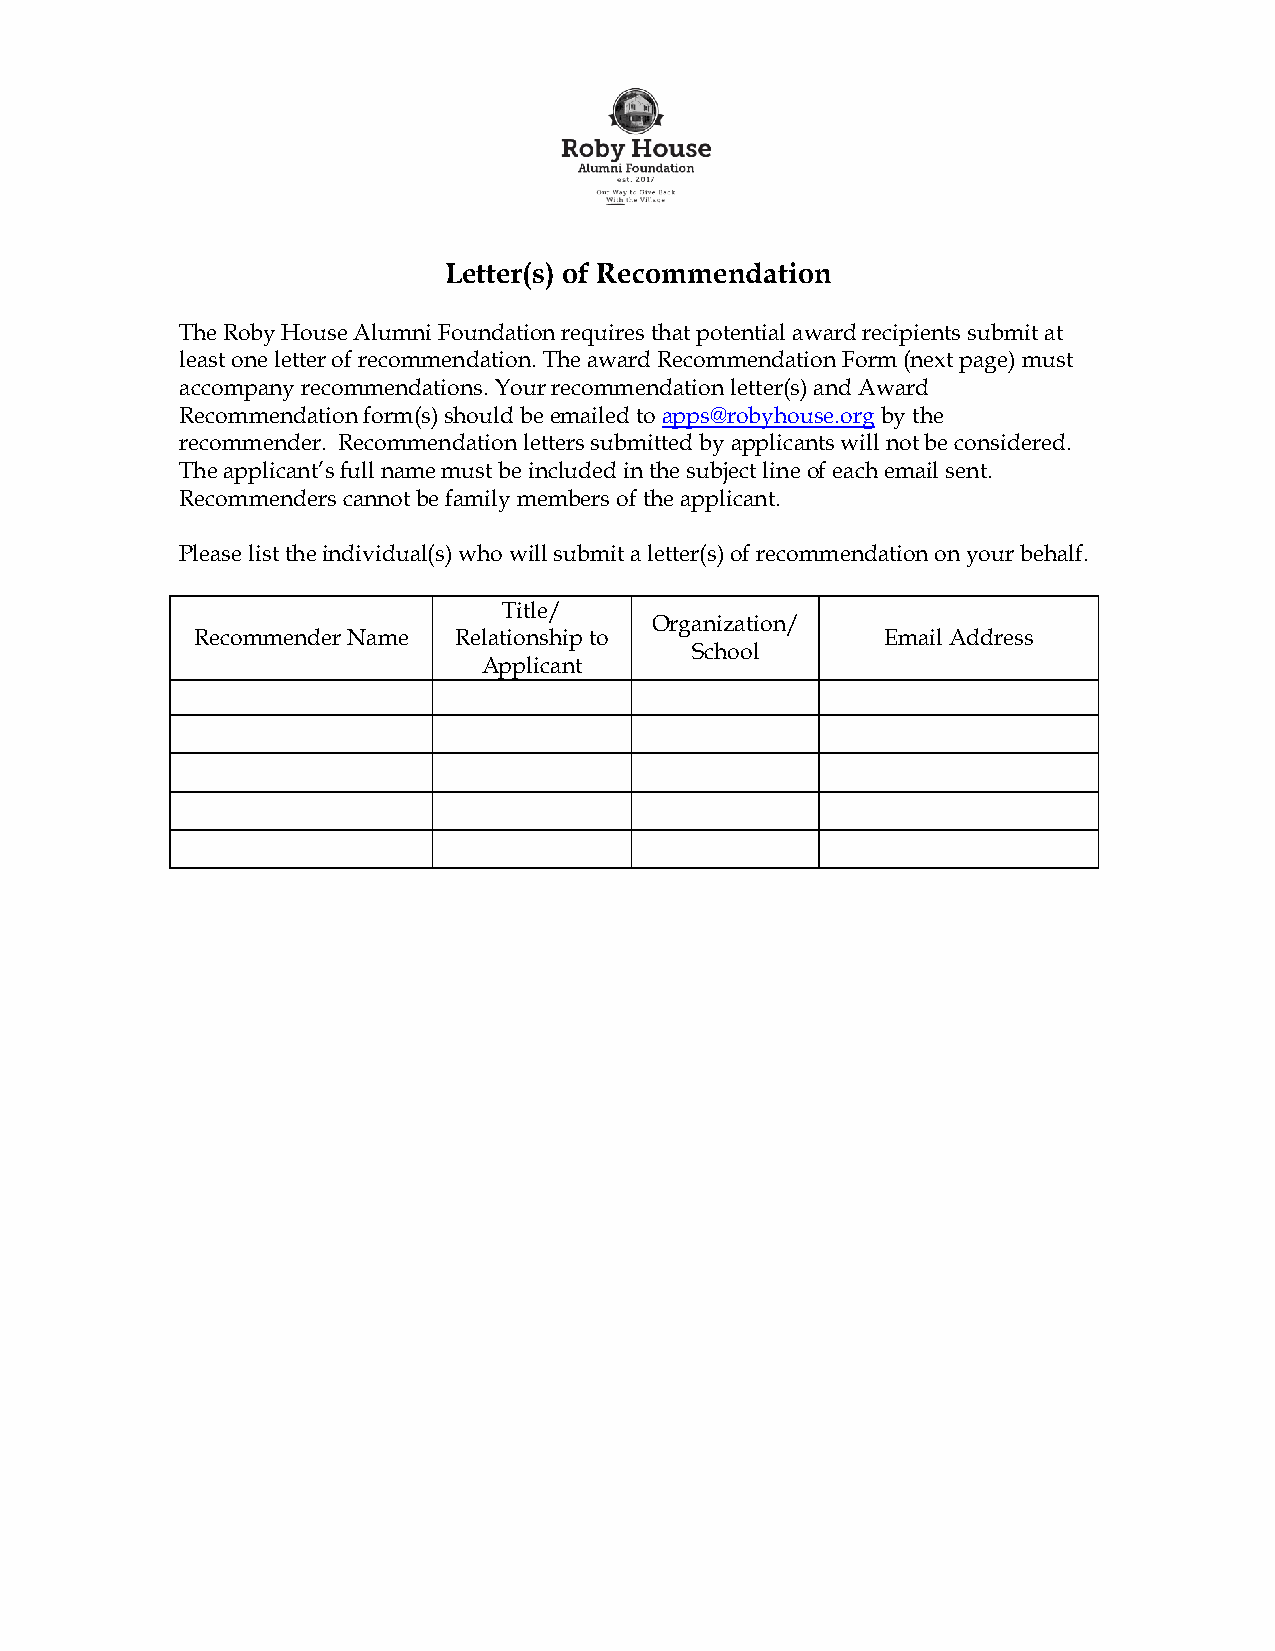
Letter(s) of Recommendation
 The Roby House Alumni Foundation requires that potential award recipients submit at
 least one letter of recommendation. The award Recommendation Form (next page) must
 accompany recommendations. Your recommendation letter(s) and Award
 Recommendation form(s) should be emailed to apps@robyhouse.org by the
 recommender. Recommendation letters submitted by applicants will not be considered.
 The applicant’s full name must be included in the subject line of each email sent.
 Recommenders cannot be family members of the applicant.
 Please list the individual(s) who will submit a letter(s) of recommendation on your behalf.
 Title/
 Organization/
 Recommender Name Relationship to              Email Address
 School
 Applicant